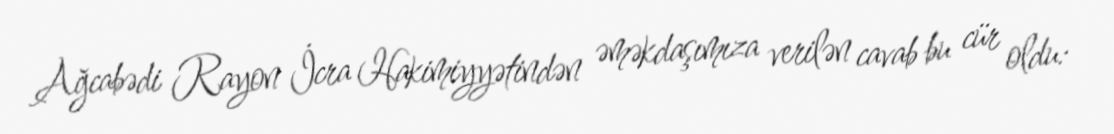
Ağcabədi Rayon İcra Hakimiyyətindən əməkdaşımıza verilən cavab bu cür oldu: